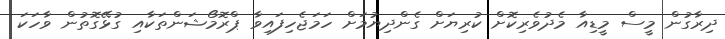
ދިރާގުން މީސް މީޑިއާ މެދުވެރިކޮށް ކުރިޔަށް ގެންދިޔުމަށް ހަމަޖެހިފައިވާ ޕްރޮމޯޝަންތަކާއި ގުޅޭގޮތުން ވާހަކަ